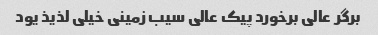
برگر عالی برخورد پیک عالی سیب زمینی خیلی لذیذ یود